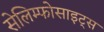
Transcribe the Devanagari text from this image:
सेलिम्फोसाइट्स